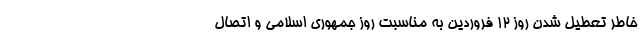
خاطر تعطیل شدن روز 12 فروردین به مناسبت روز جمهوری اسلامی و اتصال